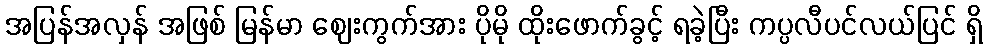
အပြန်အလှန် အဖြစ် မြန်မာ ဈေးကွက်အား ပိုမို ထိုးဖောက်ခွင့် ရခဲ့ပြီး ကပ္ပလီပင်လယ်ပြင် ရှိ